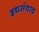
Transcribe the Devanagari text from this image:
हृद्यसंवाद